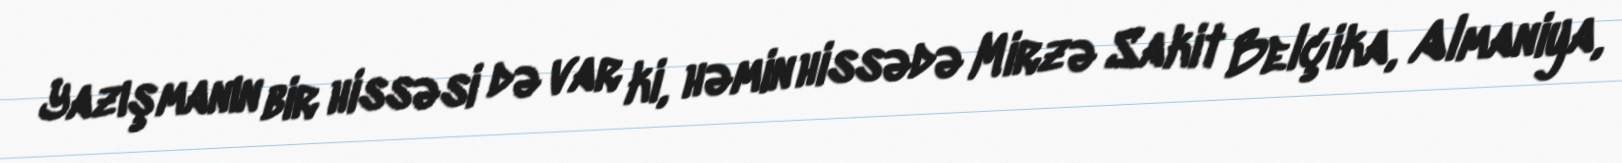
Yazışmanın bir hissəsi də var ki, həmin hissədə Mirzə Sakit Belçika, Almaniya,